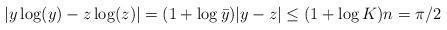
LaTeX: \begin{align*}|y\log(y)-z\log(z)|=(1+\log \bar y)|y-z|\le(1+\log K)n=\pi/2\end{align*}